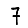
Digit: 7